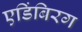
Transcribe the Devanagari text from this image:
एडिंबिरग